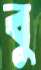
বু